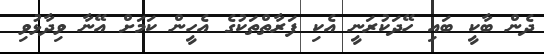
ދެން ބާކީ ބައި ހޭދަކުރަނީ އެކި ފަރާތްތަކުގެ އެހީން ކަމަށް އޭނާ ވިދާޅުވި